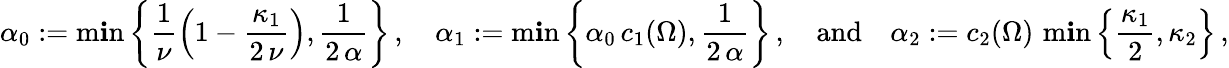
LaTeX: \alpha_{0}:=\operatorname*{m\mathbf{i}n}\left\{ \frac{{1}}{{\nu}}\left(1-\frac{{\kappa_{1}}}{{2\, \nu}}\right),\frac{{1}}{{2\, \alpha}}\right\} \, ,\quad\alpha_{1}:=\operatorname*{m\mathbf{i}n}\left\{ \alpha_{0}\, c_{1}(\Omega),\frac{{1}}{{2\, \alpha}}\right\} \, ,{\quad\mathrm{{and}}\quad}\alpha_{2}:=c_{2}(\Omega)\, \operatorname*{m\mathbf{i}n}\left\{ \frac{{\kappa_{1}}}{{2}},\kappa_{2}\right\} \, ,